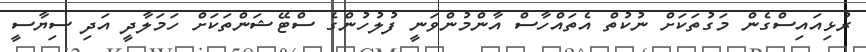
ރުޅިއައިސްގެން މަގުތަކަށް ނުކުތް އެތައްހާސް އާންމުންވަނީ ފުލުހުންގެ ސްޓޭޝަންތަކަށް ހަމަލާދީ އަދި ސިޔާސީ